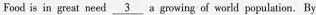
Food is in great need \underline{3} a growing of world population. By